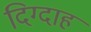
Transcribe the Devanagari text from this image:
दिग्दाह